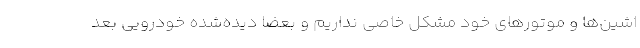
اشین‌ها و موتورهای خود مشکل خاصی نداریم و بعضاً دیده‌شده خودرویی بعد